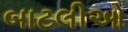
બાટલીઓ